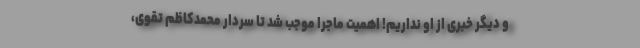
و دیگر خبری از او نداریم! اهمیت ماجرا موجب شد تا سردار محمدکاظم تقوی،